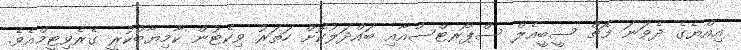
އިއްޔެގެ ދެވަނަ މެޗް ސީބީއެލް ސްޕޯރޓްސްއާއި ބައްދަލުކޮށް ހަތަރު ވިކެޓުން ކާމިޔާބުކުރީ ގެރެވިޓީމްއެވެ.